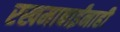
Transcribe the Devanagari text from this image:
रखमाबाईंनाही